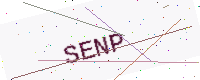
Text: SENP